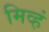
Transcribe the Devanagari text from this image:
मिव्हं